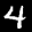
Label: 4